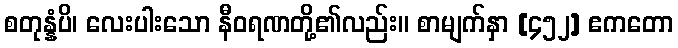
စတုန္နံပိ၊ လေးပါးသော နီဝရဏတို့၏လည်း။ စာမျက်နှာ [၄၅၂] ဧကတော